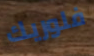
فلوريك